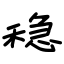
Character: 稳